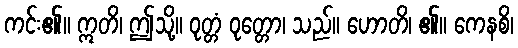
ကင်း၏။ ဣတိ၊ ဤသို့။ ဝုတ္တံ ဝုတ္တော၊ သည်။ ဟောတိ၊ ၏။ ကေနစိ၊